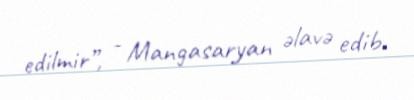
edilmir”, - Mangasaryan əlavə edib.